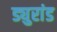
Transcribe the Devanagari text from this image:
ड्युरांड